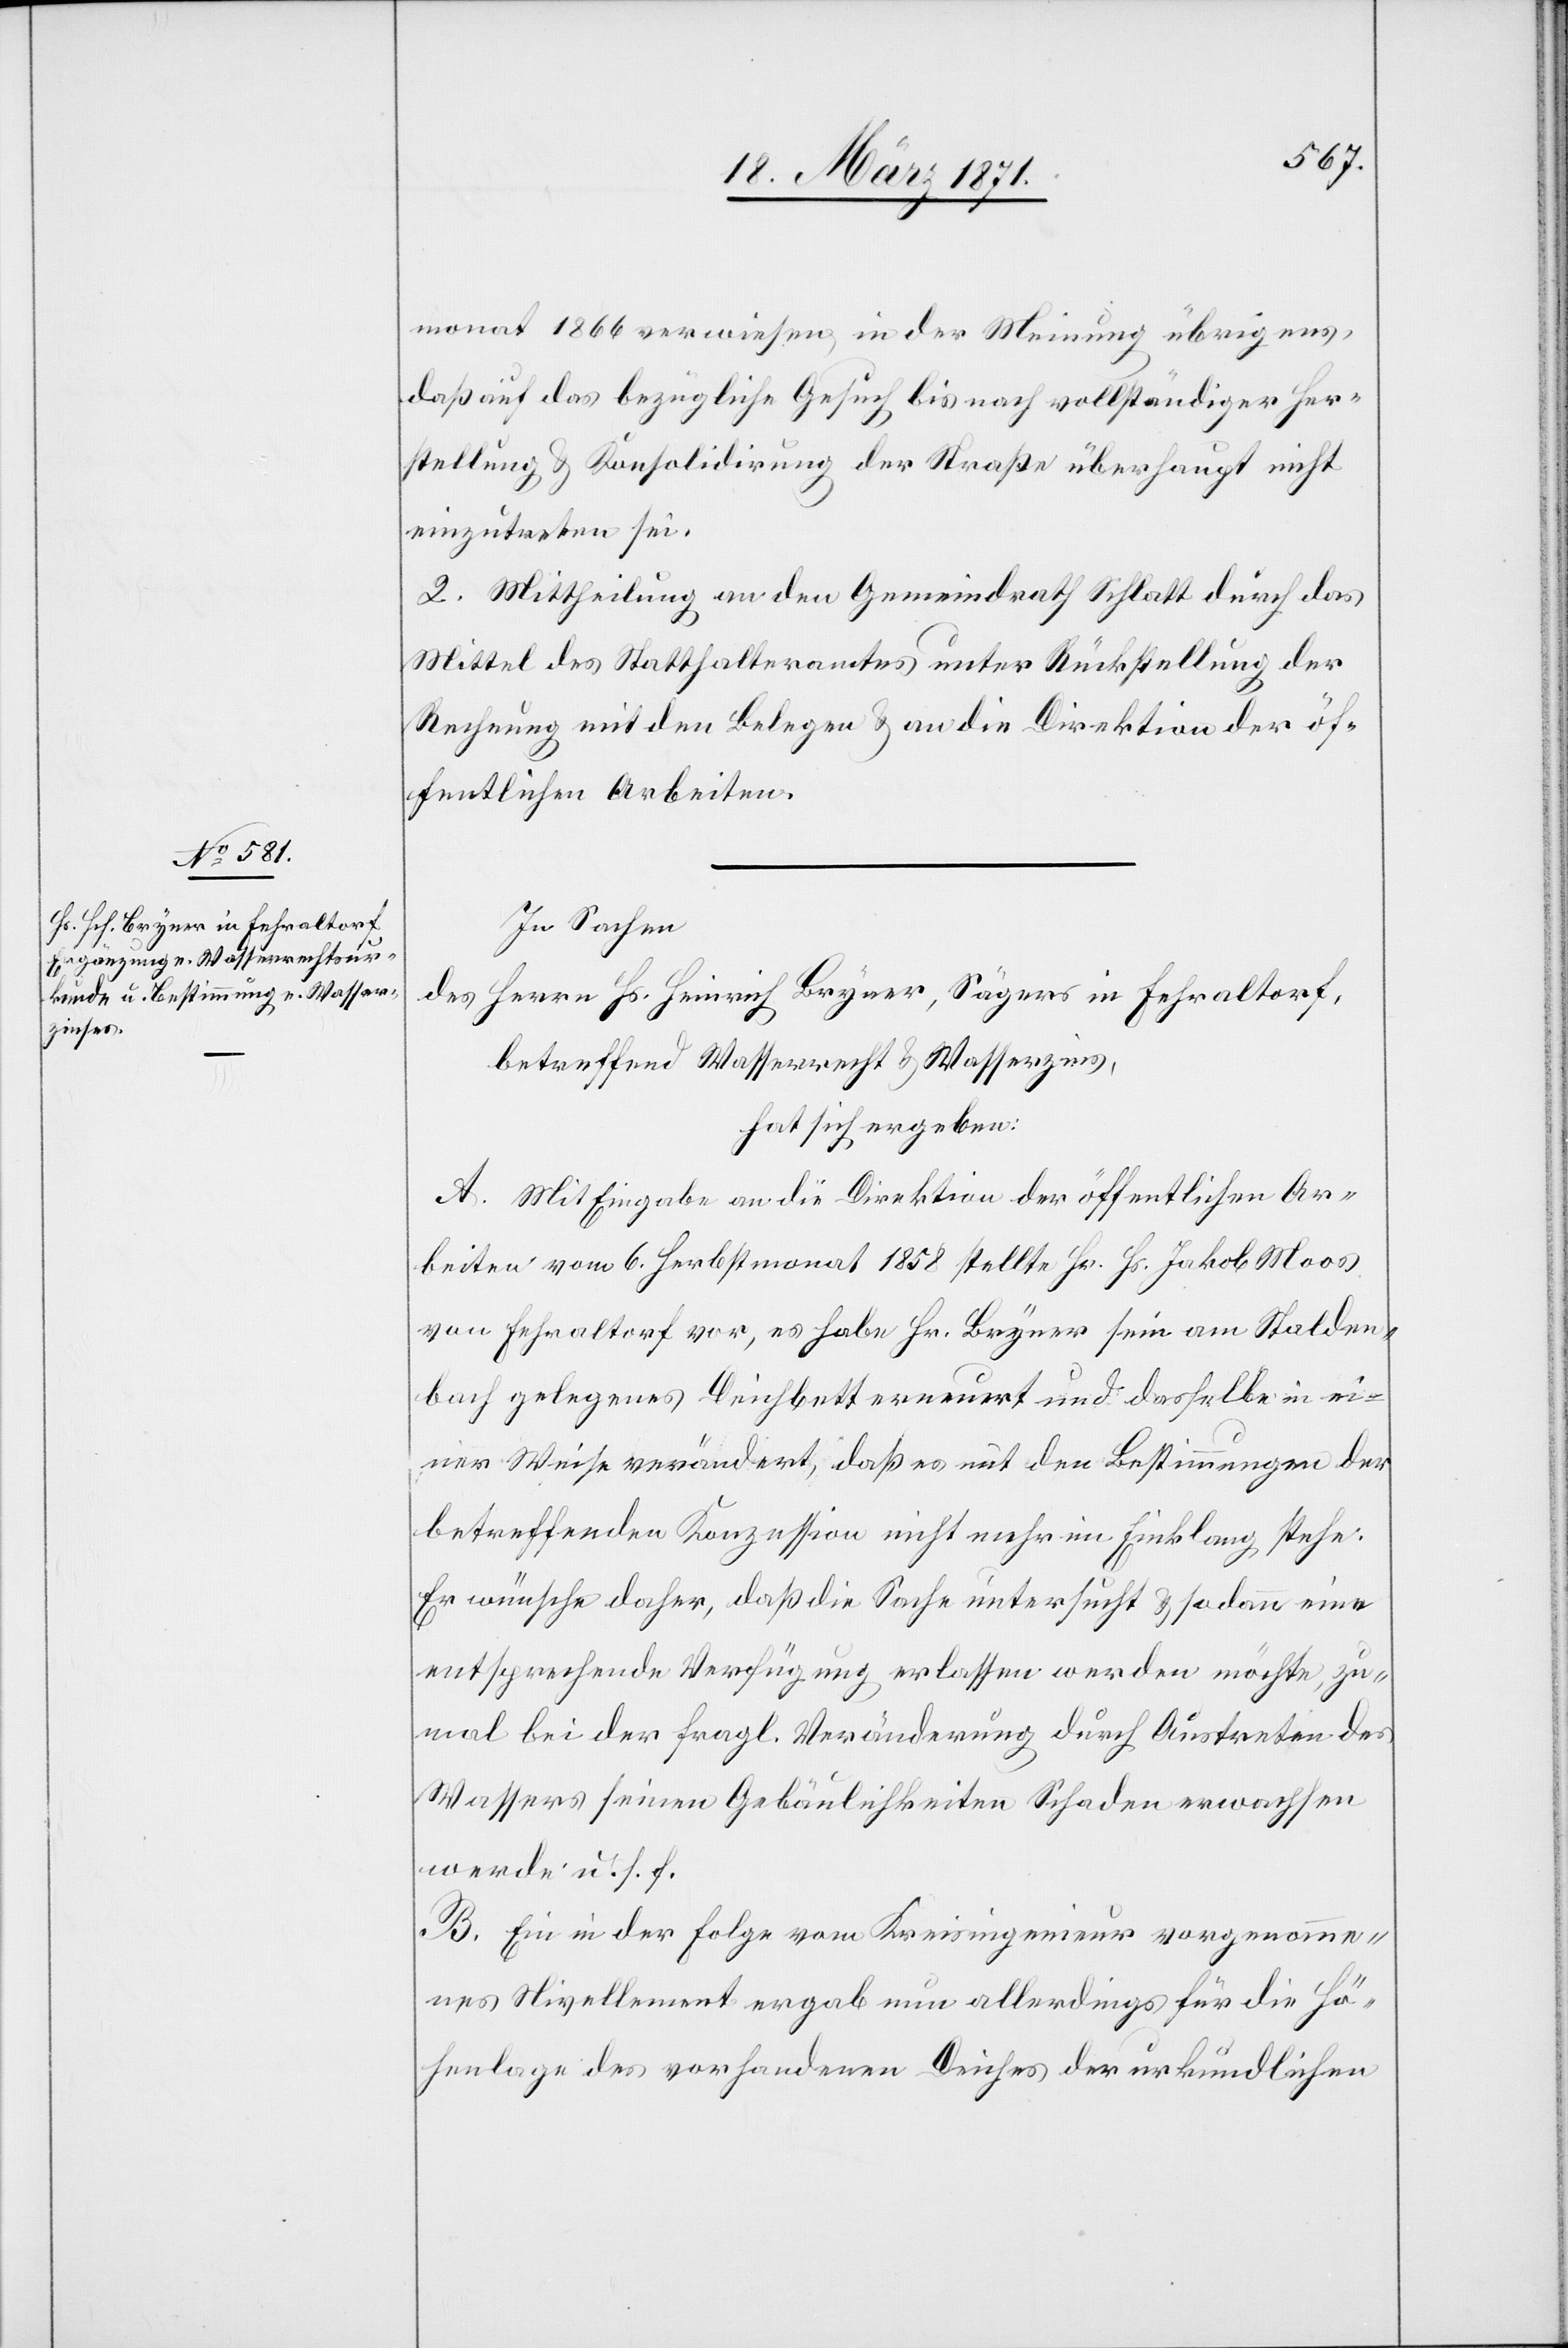
monat 1866 verwiesen in der Meinung übrigens,
daß auf das bezügliche Gesuch bis nach vollständiger Her¬
stellung u. Konsolidirung der Straße überhaupt nicht
einzutreten sei.
2. Mittheilung an den Gemeindrath Schlatt durch das
Mittel des Statthalteramtes unter Rückstellung der
Rechnung mit den Belegen u. an die Direktion der öf¬
fentlichen Arbeiten.
In Sachen
des Herrn Hs. Heinrich Bryner, Sägers in Fehraltorf,
betreffend Wasserrecht u. Wasserzins,
hat sich ergeben:
A. Mit Eingabe an die Direktion der öffentlichen Ar¬
beiten vom 6. Herbstmonat 1858 stellte Hr. Hs. Jakob Moos
von Fehraltorf vor, es habe Hr. Bryner sein am Stalden¬
bach gelegenes Deichbett erneuert und dasselbe in ei¬
ner Weise verändert, daß es mit den Bestimmungen der
betreffenden Konzession nicht mehr im Einklang stehe:
Er wünsche daher, daß die Sache untersucht u. sodann eine
entsprechende Verfügung erlassen werden möchte, zu¬
mal bei der fragl. Veränderung durch Austreten des
Wassers seinen Gebäulichkeiten Schaden erwachsen
werde u. s. f.
B. Ein in der Folge vom Kreisingenieur vorgenomme¬
nes Nivellement ergab nun allerdings für die Hö¬
henlage des vorhandenen Deiches der urkundlichen